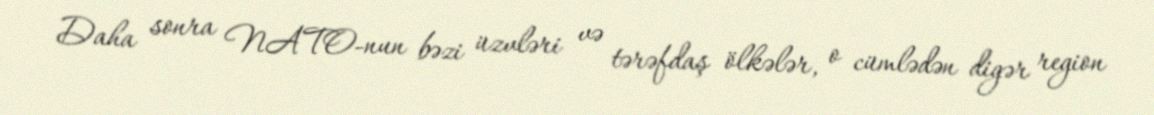
Daha sonra NATO-nun bəzi üzvləri və tərəfdaş ölkələr, o cümlədən digər region